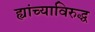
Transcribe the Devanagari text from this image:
ह्यांच्याविरुद्ध